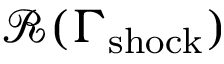
\mathcal { R } ( \Gamma _ { \mathrm { s h o c k } } )